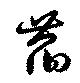
萏